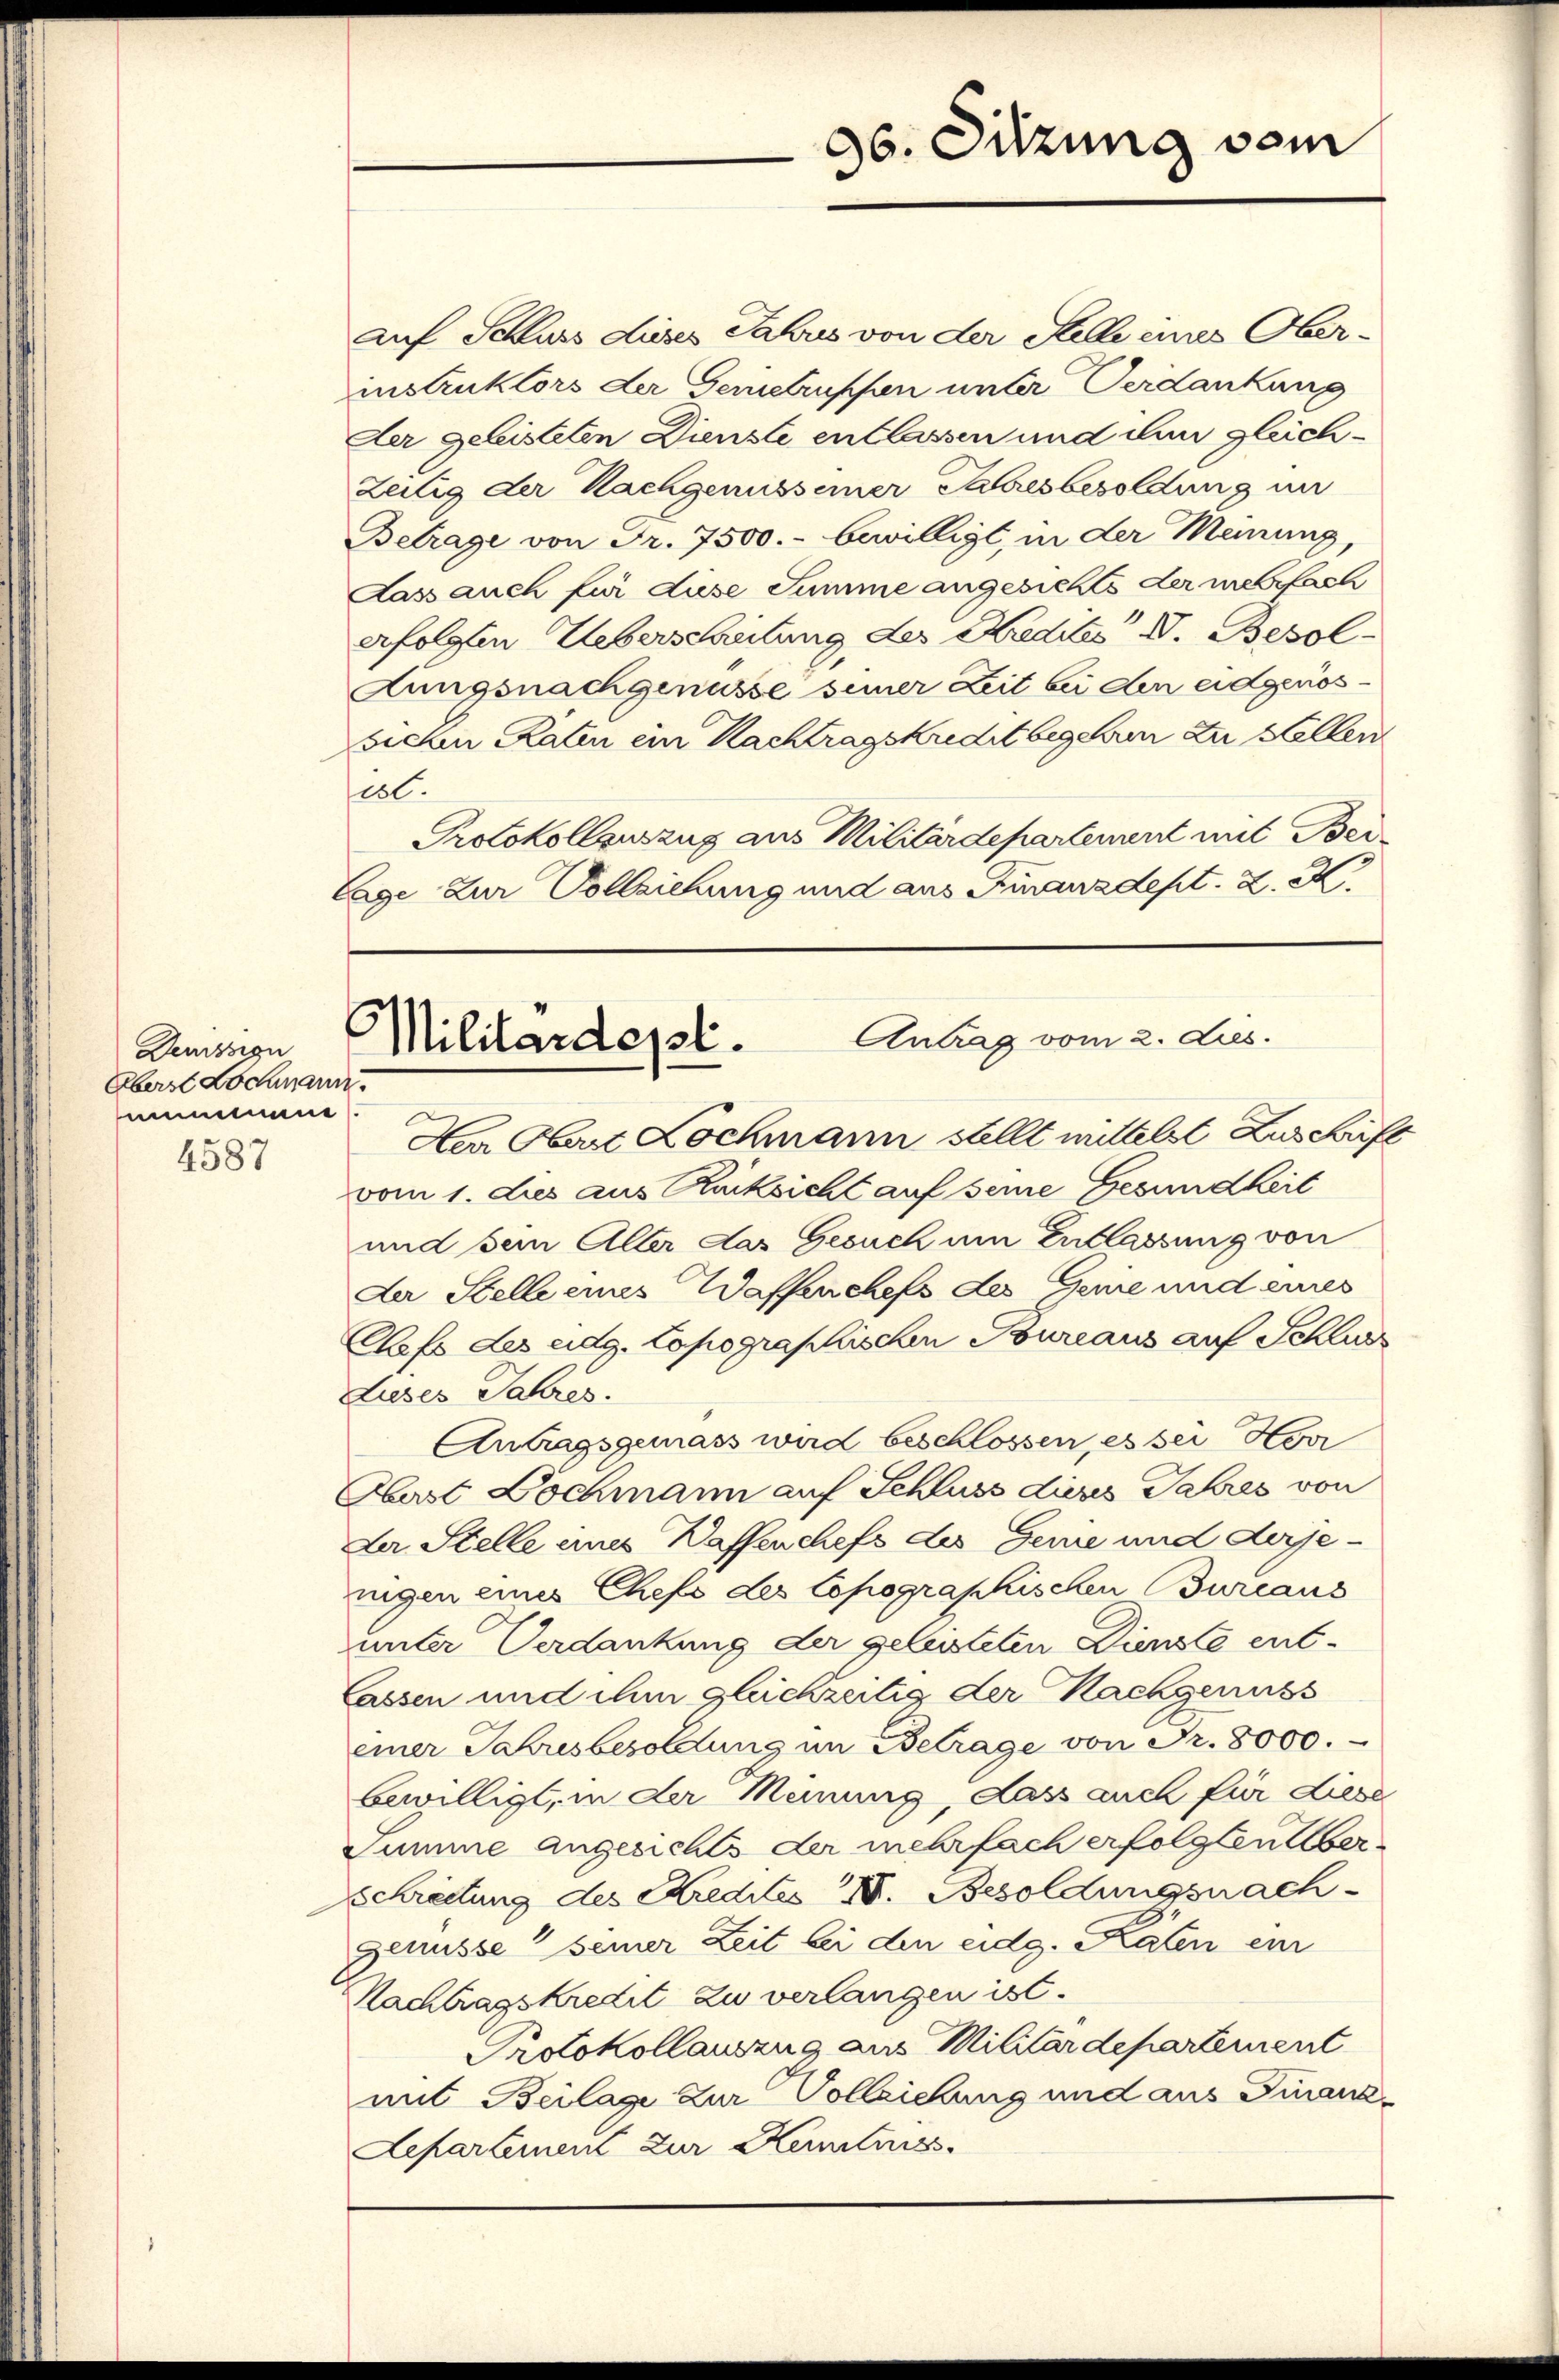
Demon
Überst Lochmann.
unnene
4587

auf Schluss dieses Jahres von der Stelle eines Oberinstruktors der Gernetruppen unter Verdankung
Der gebisteten Dienste entlassen und ein gleich¬
Zeitig der Nachgenusseiner Jahresbesoldung in
Betrage von Fr. 7500.- bewilligt, in der Meinung,
Lass auch für diese Summe angesichts der mehrfach
erfolgten Ueberschreitung des Kredites V. Besol¬
Aungsnachgenusse seiner Zeit bei den eidgenössichen Raten ein Nachtragskrecht begehren der Stellen
est.
Protokollauszug aus Militärdepartement mit Bei¬
Lage zur Vollziehung und aus Finanzdept. Z. Z.

Her Obert Kochmann stellt mittelst Zuschrift
vom 1. dies aus Rücksicht auf seine Gesundheit
und sein Aller das Gesuch um Entlassung von
Der Stelle eines Waffenchefs des Geme und eines
Chefs Lesudg. topographischen Bureaus auf Schwu
Luses Jahres.
Antragsgemäss wird beschlossen, es sei Herr
Hast Dochmann auf Schluss diens Jahres von
de Stelle eines Waffenchefs des Geme und derjenigen eines Chefs des Copographischen Bureaus
unter Verdankung der geleisteten Dienste entlassen und ihm gleichzeitig der Nachgenuss
einer Jahresbesoldung im Betrage von Fr. 8000.
bewilligt, in der Meinung, dass auch für diese
Summe angesichts der mehrfach erfolgten über¬
Schreitung des Kredites I. Besoldungsnach-
Genüsse seiner Zeit bei den eidg. Katen ein
Nachtragskredit zu verlangen ist.
Protokollauszug aus Militärdepartement
mit Beilage zur Vollziehung und aus Finanz-
Separtement zur Kenntniss

ab. Sitzung vom
.

Antrag vom 2. ds.
Militärdept.